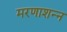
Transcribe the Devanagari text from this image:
मरणाशन्‍न